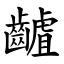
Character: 䶥